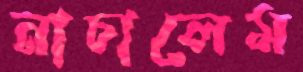
নাচালেম